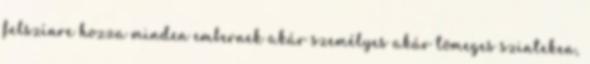
felszínre hozza minden embernek akár személyes akár tömeges szinteken,